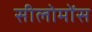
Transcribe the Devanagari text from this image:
सीलोमोंस